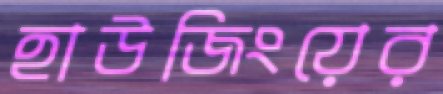
হাউজিংয়ের